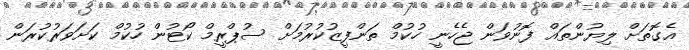
އެގޮތަށް ލިޔުންތައް ފޮނުވަން ޖެހެނީ ހުކުމް ތަންފީޒުކުރުމަށް ސުޕްރީމް ކޯޓުން ހުކުމް ކަށަވަރުކުރަން